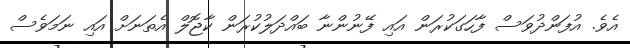
އެވެ. އުފަންދުވަސް ފާހަގަކުރަން އައި ފޭނުންނާ ބައްދަލުކުރަން ކާޖޮލް އެތަނަށް އައި ނަމަވެސް